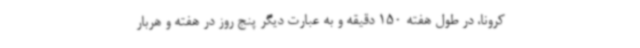
کرونا، در طول هفته 150 دقیقه و به عبارت دیگر پنج روز در هفته و هربار